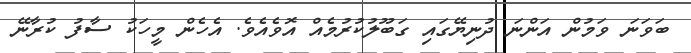
ބަވަނަ ވަމުން އަންނަ ދުނިޔޭގައި ގަބޫލުކުރުމެއް އޮވެއެވެ. އެހެން މީހަކު ސާފު ކުރާނޭ